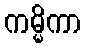
ကမ္မိကာ